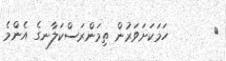
٤       ހަމަކަށަވަރުން ތިމަންރަސްކަލާނގެ އެންމެ